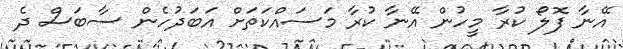
އޭނާ ފޮލޯ ކުރާ މީހުން އޭނާ ކުރާ މަސައްކަތަށް އަބަދުހެން ސާބަސް ދެ